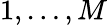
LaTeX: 1,\dots,M